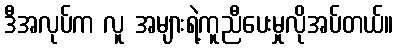
ဒီအလုပ်က လူ အများရဲ့ကူညီပေးမှုလိုအပ်တယ်။